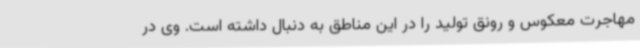
مهاجرت معکوس و رونق تولید را در این مناطق به دنبال داشته است. وی در